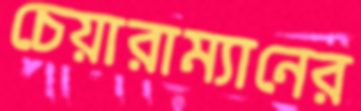
চেয়ারাম্যানের